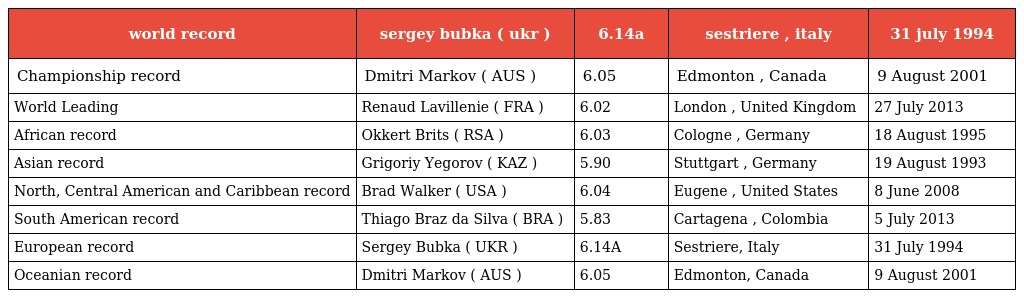
| world record | sergey bubka ( ukr ) | 6.14a | sestriere , italy | 31 july 1994 |
 | --- | --- | --- | --- | --- |
 | Championship record | Dmitri Markov ( AUS ) | 6.05 | Edmonton , Canada | 9 August 2001 |
 | World Leading | Renaud Lavillenie ( FRA ) | 6.02 | London , United Kingdom | 27 July 2013 |
 | African record | Okkert Brits ( RSA ) | 6.03 | Cologne , Germany | 18 August 1995 |
 | Asian record | Grigoriy Yegorov ( KAZ ) | 5.90 | Stuttgart , Germany | 19 August 1993 |
 | North, Central American and Caribbean record | Brad Walker ( USA ) | 6.04 | Eugene , United States | 8 June 2008 |
 | South American record | Thiago Braz da Silva ( BRA ) | 5.83 | Cartagena , Colombia | 5 July 2013 |
 | European record | Sergey Bubka ( UKR ) | 6.14A | Sestriere, Italy | 31 July 1994 |
 | Oceanian record | Dmitri Markov ( AUS ) | 6.05 | Edmonton, Canada | 9 August 2001 |